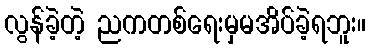
လွန်ခဲ့တဲ့ ညကတစ်ရေးမှမအိပ်ခဲ့ရဘူး။